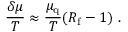
{ \frac { \delta \mu } { T } } \approx { \frac { \mu _ { \mathrm { q } } } { T } } ( R _ { \mathrm { f } } - 1 ) \ .